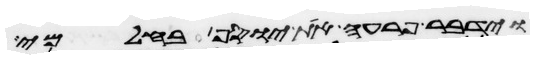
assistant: וידבר פרעה את יוסף בחלמי